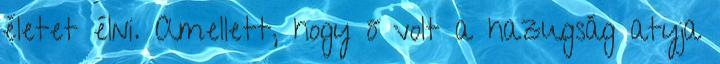
életet élni. Amellett, hogy ő volt a hazugság atyja